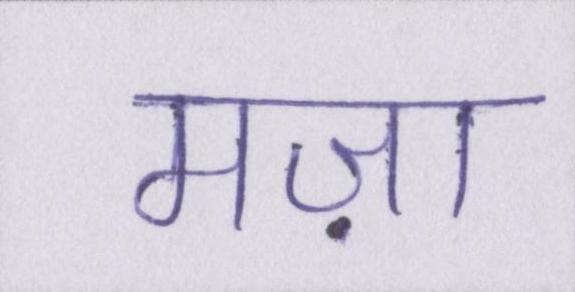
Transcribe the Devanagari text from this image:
मज़ा